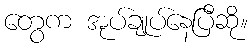
တွေက အုပ်ချုပ်နေပြီဆို။